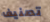
تصنيف